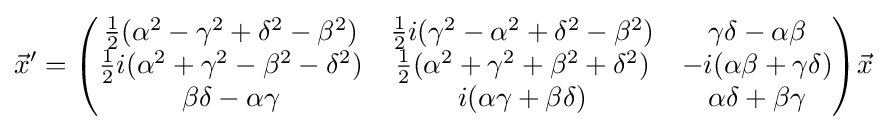
{\vec {x}}'={\begin{pmatrix}{\frac {1}{2}}(\alpha ^{2}-\gamma ^{2}+\delta ^{2}-\beta ^{2})&{\frac {1}{2}}i(\gamma ^{2}-\alpha ^{2}+\delta ^{2}-\beta ^{2})&\gamma \delta -\alpha \beta \\{\frac {1}{2}}i(\alpha ^{2}+\gamma ^{2}-\beta ^{2}-\delta ^{2})&{\frac {1}{2}}(\alpha ^{2}+\gamma ^{2}+\beta ^{2}+\delta ^{2})&-i(\alpha \beta +\gamma \delta )\\\beta \delta -\alpha \gamma &i(\alpha \gamma +\beta \delta )&\alpha \delta +\beta \gamma \end{pmatrix}}{\vec {x}}